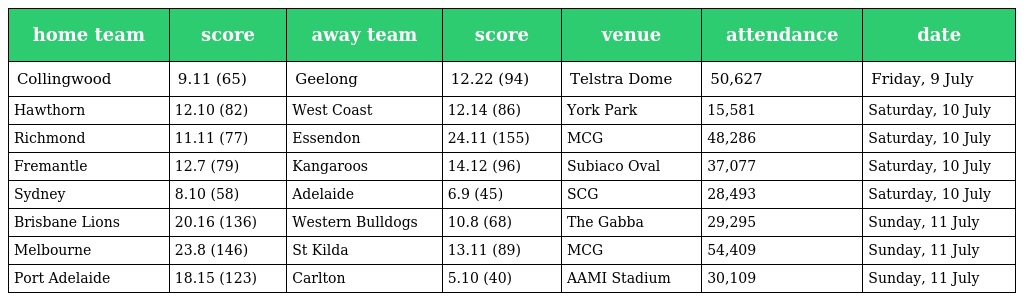
| home team | score | away team | score | venue | attendance | date |
 | --- | --- | --- | --- | --- | --- | --- |
 | Collingwood | 9.11 (65) | Geelong | 12.22 (94) | Telstra Dome | 50,627 | Friday, 9 July |
 | Hawthorn | 12.10 (82) | West Coast | 12.14 (86) | York Park | 15,581 | Saturday, 10 July |
 | Richmond | 11.11 (77) | Essendon | 24.11 (155) | MCG | 48,286 | Saturday, 10 July |
 | Fremantle | 12.7 (79) | Kangaroos | 14.12 (96) | Subiaco Oval | 37,077 | Saturday, 10 July |
 | Sydney | 8.10 (58) | Adelaide | 6.9 (45) | SCG | 28,493 | Saturday, 10 July |
 | Brisbane Lions | 20.16 (136) | Western Bulldogs | 10.8 (68) | The Gabba | 29,295 | Sunday, 11 July |
 | Melbourne | 23.8 (146) | St Kilda | 13.11 (89) | MCG | 54,409 | Sunday, 11 July |
 | Port Adelaide | 18.15 (123) | Carlton | 5.10 (40) | AAMI Stadium | 30,109 | Sunday, 11 July |